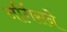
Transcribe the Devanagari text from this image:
नर्गिसने